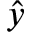
\hat { y }